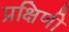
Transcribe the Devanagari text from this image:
प्रक्षिणी